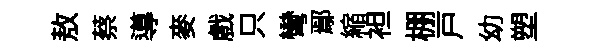
敖蔡導麥戲只彎鄢縮袒棚戸幼塑